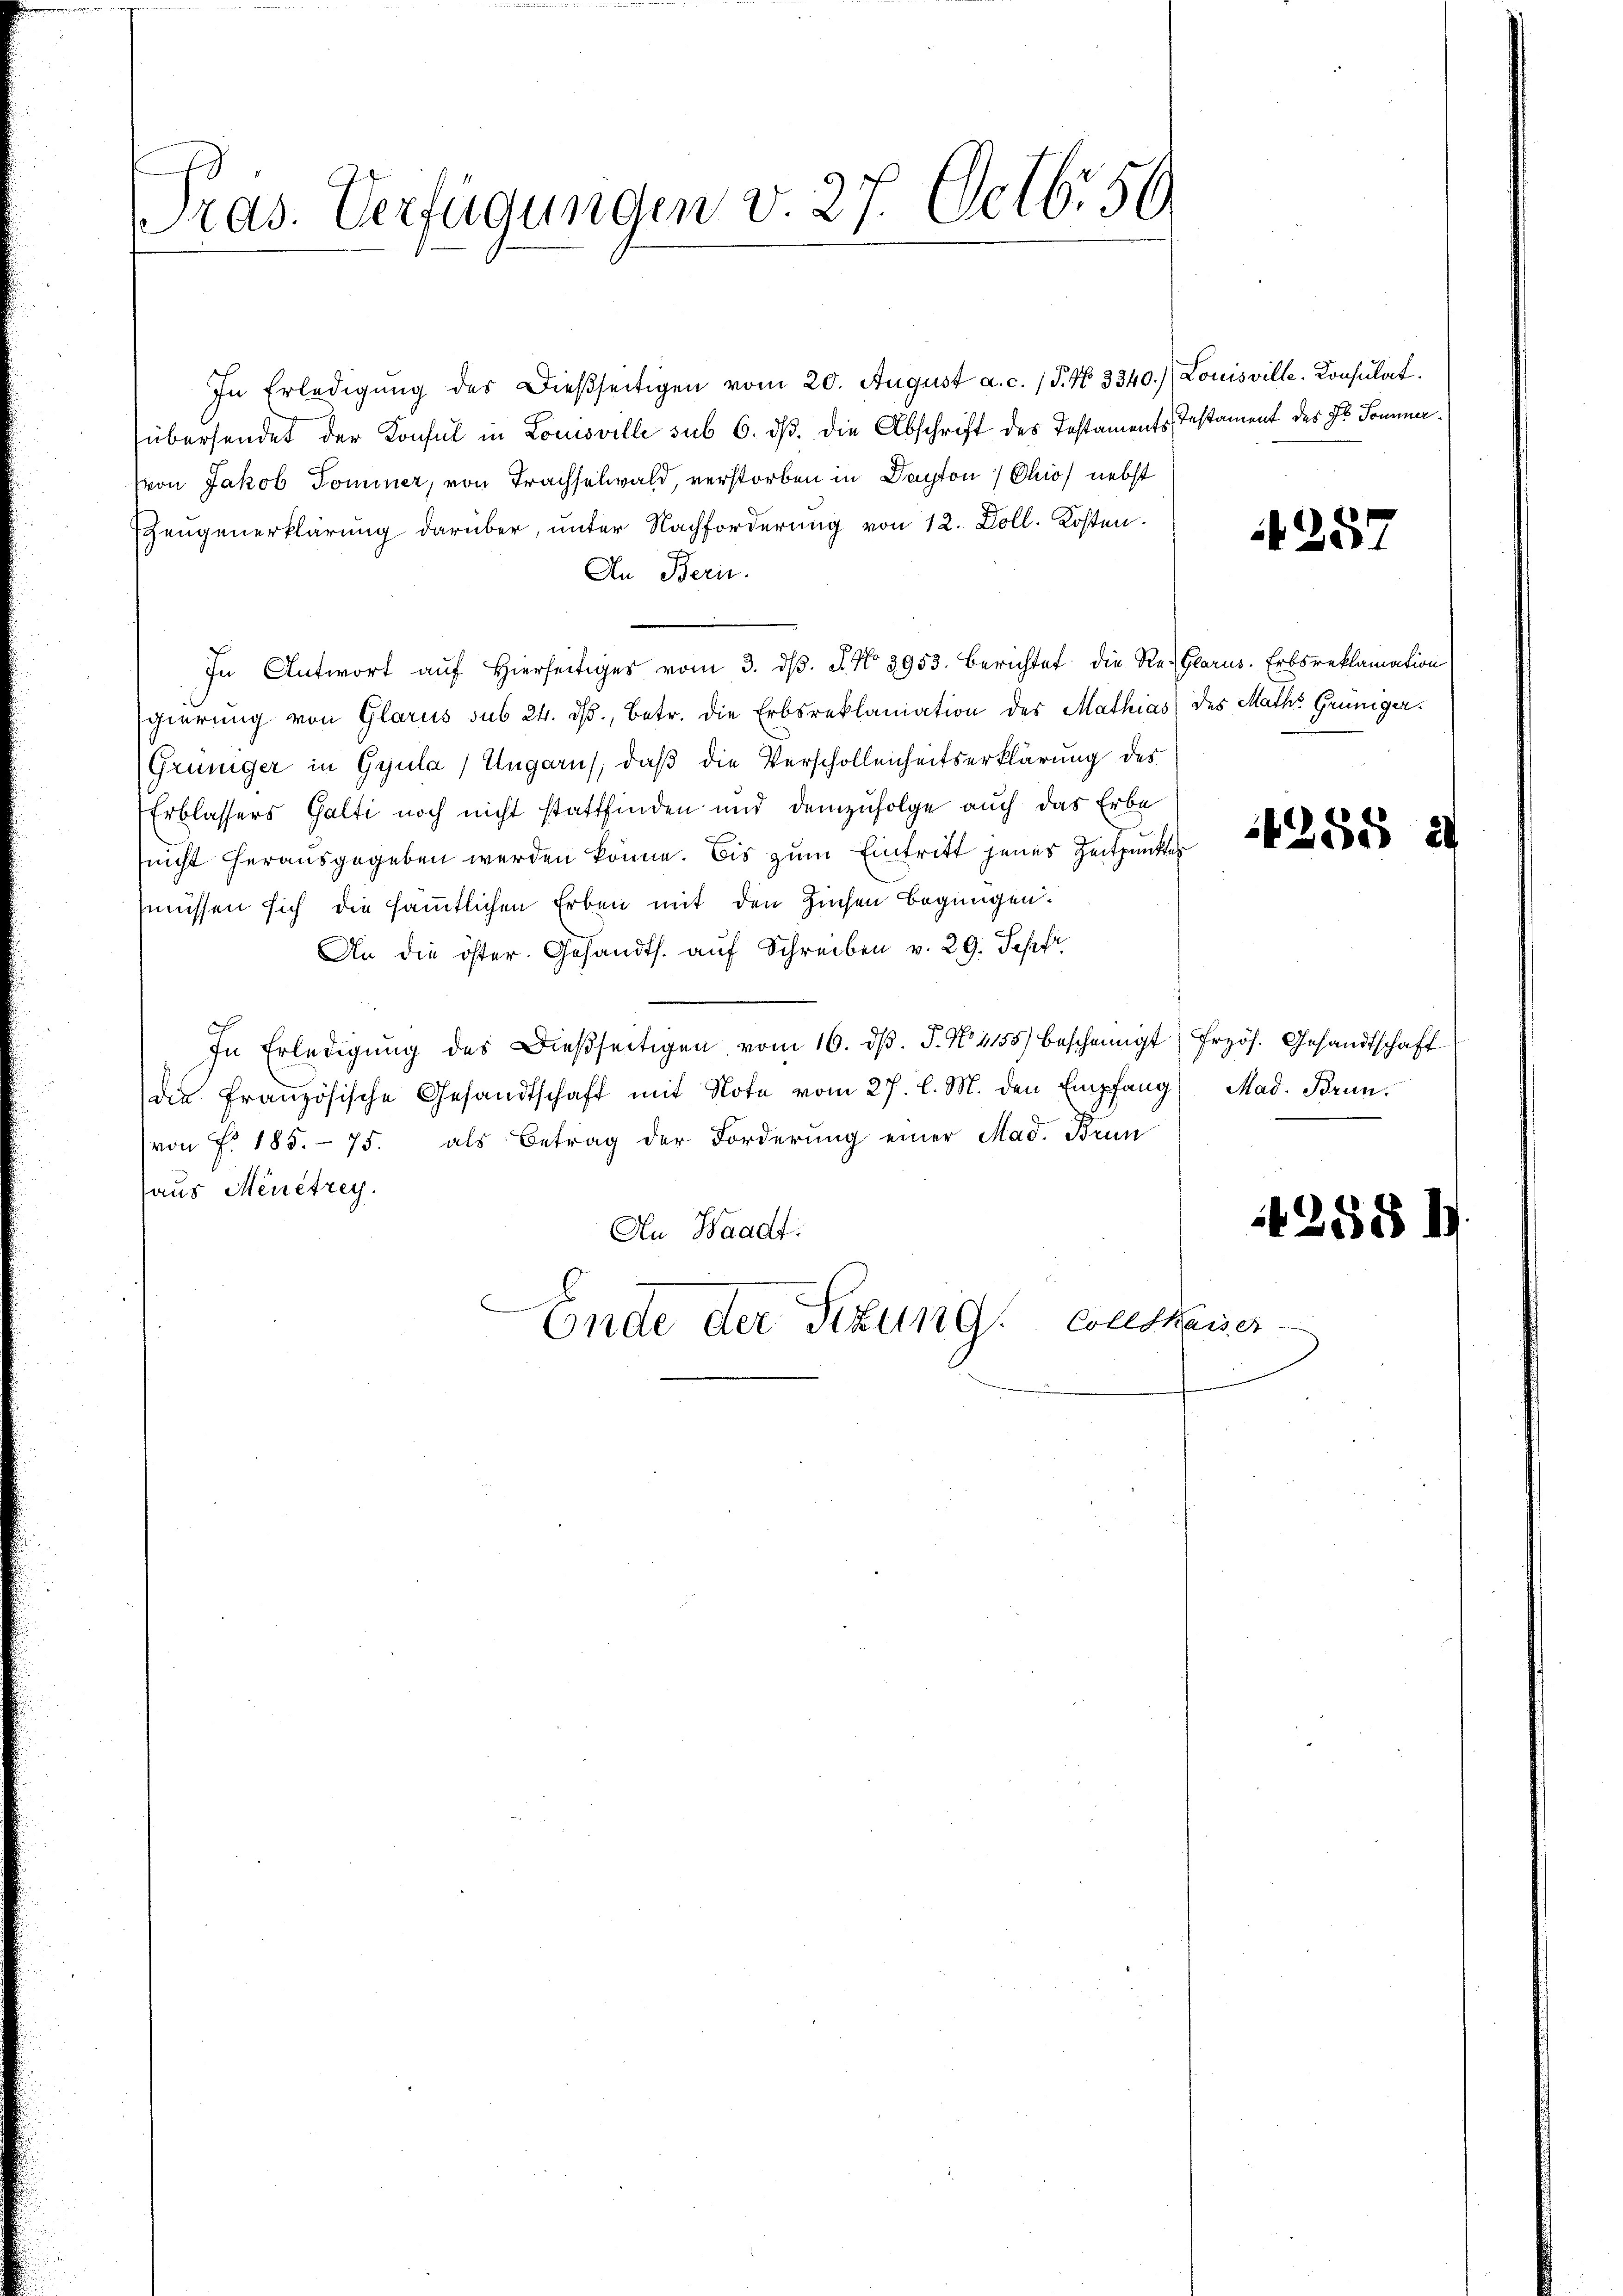
ras. Verfügungen v. 27. Octbr 50

In Erledigung des Dießseitigen vom 20. August a. c. (T. N. 3340.) Louisville. Consulat
übersendet der Konsul in Lomsville sub 6. dß. die Abschrift des Testaments Testament des Hr. Sommervon Jakob Tominer, von Trachselwald, verstorben in Dapton, Ohio, nebst
Zeugenerklärung darüber, unter Nachforderung von 12. Doll. Kosten.
An Bern.
In Antwort auf Hierseitiger vom 3. dβ. J. No 3953. berichtet die Re- Glarus. Erbsreklamation
sgierung von Glarus sub 24. ds., betr. die Erbsreklamation des Mathias des Maths Grüniger.
Grüniger in Gyula / Ungarns, daß die Verschollenheitserklärung des
Erblassers Gatti noch nicht stattfinden und demzufolge auch das Erbe
snicht herausgegeben werden könne. Bis zum Eintritt jenes Zeitpunkter
müssen sich die sämmtlichen Erben mit den Zuchen begnügen.
An die öster. Gesandts. auf Schreiben v. 29. Sepfr
In Erledigŭng des dießseitigen vom 16. dβ. P. N. 1155) bescheinigt (Frzös. Gesandtschaft
die französische Gesandtschaft mit Note vom 27. l. M. den Empfang
von f. 185. 75. als Betrag der Forderung einer Mad. Brun
aus Menêtrey.
An Waadt:
Ende der Sitzung Conskaner

257

Mad. Brun

4255

42588